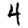
Digit: 4